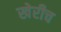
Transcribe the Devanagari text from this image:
खेरीच